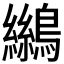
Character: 𪆓